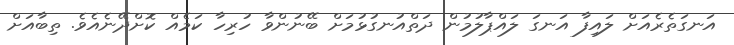
އަނގަތެރެއަށް ލައިފާ އަނގަ ލައްޕާލުމުން ދަތްއުނގުޅުމަށް ބޭނުންވާ ހުރިހާ ކަމެއް ކޮށްދޭނެއެވެ. ތިބާއަށް